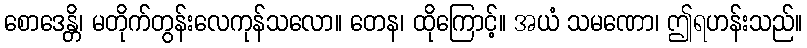
စောဒေန္တိ၊ မတိုက်တွန်းလေကုန်သလော။ တေန၊ ထိုကြောင့်။ အယံ သမဏော၊ ဤရဟန်းသည်။